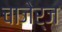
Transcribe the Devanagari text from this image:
चाजेर्ज